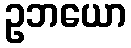
ဥဘယော